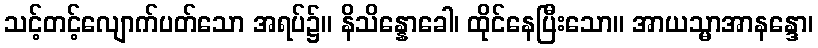
သင့်တင့်လျောက်ပတ်သော အရပ်၌။ နိသိန္နောခေါ၊ ထိုင်နေပြီးသော။ အာယသ္မာအာနန္ဒော၊